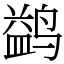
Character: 鹢